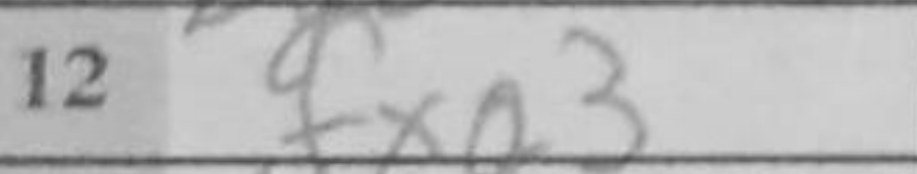
Transcription: fxg3